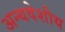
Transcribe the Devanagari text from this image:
अन्यवेशीय